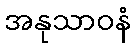
အနုသာဝနံ